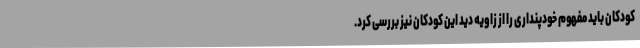
کودکان باید مفهوم خودپنداری را از زاویه دید این کودکان نیز بررسی کرد.